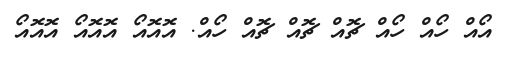
އޯއް ހޯއް ހޯއް ޗޮއް ޗޮއް ޗޮއް ހޯއް. އޮއޮއޯ އޮއޮއޯ އޮއޮއޯ